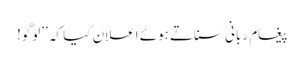
پیغام ربانی سناتے ہوئے اعلان کیا کہ ’’لوگو!